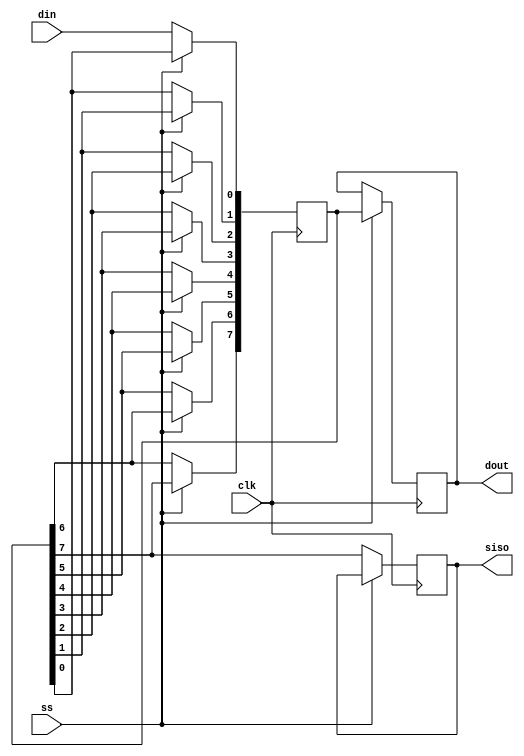
`timescale 1ns / 1ps
//////////////////////////////////////////////////////////////////////////////////
// Company: 
// Engineer: 
// 
// Design Name: 
// Module Name:    sipo 
// Project Name: 
// Target Devices: 
// Tool versions: 
// Description: 
//
// Dependencies: 
//
// Revision: 
// Revision 0.01 - File Created
// Additional Comments: 
//
//////////////////////////////////////////////////////////////////////////////////
module sipo (
                output  reg [7:0] dout ,
                input din ,
                input clk ,
                input ss,
					 output reg siso
					 //output reg ndone
            );

reg [7:0]s;
initial begin
s <= 8'b01111110;
//ndone<=1;
end

always @ (posedge (clk))
begin
     if(ss==0)
      begin
              s[0] <= din;
              s[1] <= s[0];
              s[2] <= s[1];
              s[3] <= s[2];
              s[4] <= s[3];
              s[5] <= s[4];
              s[6] <= s[5];
              s[7] <= s[6];
				  siso <= s[7];
      end
      else if(ss==1)
      begin
            dout = s;
				//ndone<=0;
      end
     else;
end
 
// always@(posedge ss)
// begin
//	 ndone<=0;
// end
 
endmodule